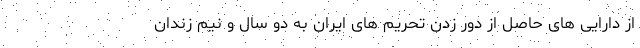
از دارایی های حاصل از دور زدن تحریم های ایران به دو سال و نیم زندان